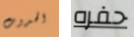
الحدوث حفره